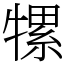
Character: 㹎